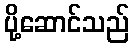
ပို့ဆောင်သည်